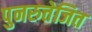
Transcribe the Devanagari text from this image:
पुनरुत्तेजित